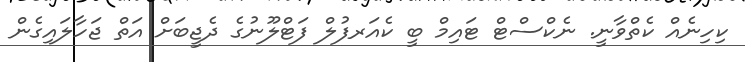
ކިހިނެއް ކެތްވާނީ. ނެކްސްޓް ޓައިމް ބީ ކެއަރފުލް ފަޓްލޫނުގެ ދެޖީބަށް އަތް ޖަހާލައިގެން